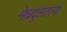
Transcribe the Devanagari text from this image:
मेघदूतातल्या